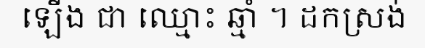
ឡើង ជា ឈ្មោះ ឆ្មាំ ។ ដកស្រង់